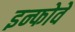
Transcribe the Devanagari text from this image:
इन्फोवे